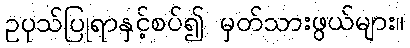
ဥပုသ်ပြုရာနှင့်စပ်၍ မှတ်သားဖွယ်များ။